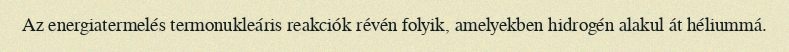
Az energiatermelés termonukleáris reakciók révén folyik, amelyekben hidrogén alakul át héliummá.